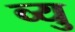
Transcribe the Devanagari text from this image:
व्यु